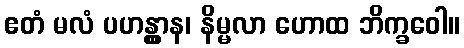
ဧတံ မလံ ပဟန္တွာန၊ နိမ္မလာ ဟောထ ဘိက္ခဝေါ။